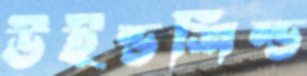
উইন্ডশিল্ড